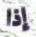
إذا